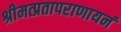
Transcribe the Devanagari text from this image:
श्रीमत्प्रतापराणायनं